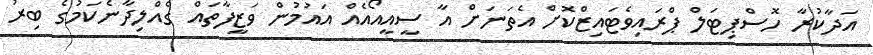
އަދާކުރާ ހޮސްޕިޓަލް ޕްރައިވެޓައިޒްކޮށް އެތަނަށް އާ ސީއީއޯއެއް އައުމުން ވަޒީފާތައް ގެއްލިދާނެކަމުގެ ބިރު